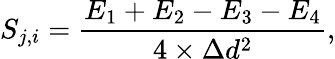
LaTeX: S_{j,i}=\frac{E_{1}+E_{2}-E_{3}-E_{4}}{4\times\Delta d^{2}},